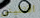
اقتليني